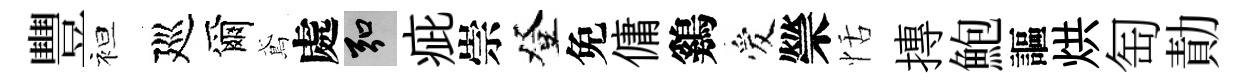
豐袒廵爾鳶處弘疵崇登免傭鷄爱禜恬摶鮑謳烘匋勣